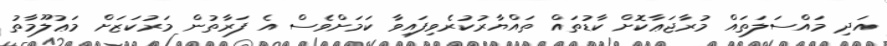
އަދި މައްސަލަތައް މުރާޖަޢާކޮށް ކާޑުތައް ތައްޔާރުކުރެވިފައިވާ ކަމަށްވެސް އެ ފަރާތުން މަރުކަޒަށް މަޢުލޫމާތު